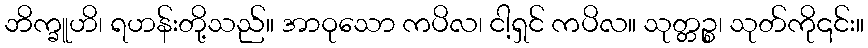
ဘိက္ခူဟိ၊ ရဟန်းတို့သည်။ အာဝုသော ကပိလ၊ ငါ့ရှင် ကပိလ။ သုတ္တဉ္စ၊ သုတ်ကို၎င်း။